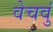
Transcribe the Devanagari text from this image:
वेचवुं